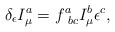
\begin{align*}\delta_{\epsilon}I^a_{\mu}=f^a_{\ bc}I^b_{\mu}\epsilon^c,\end{align*}